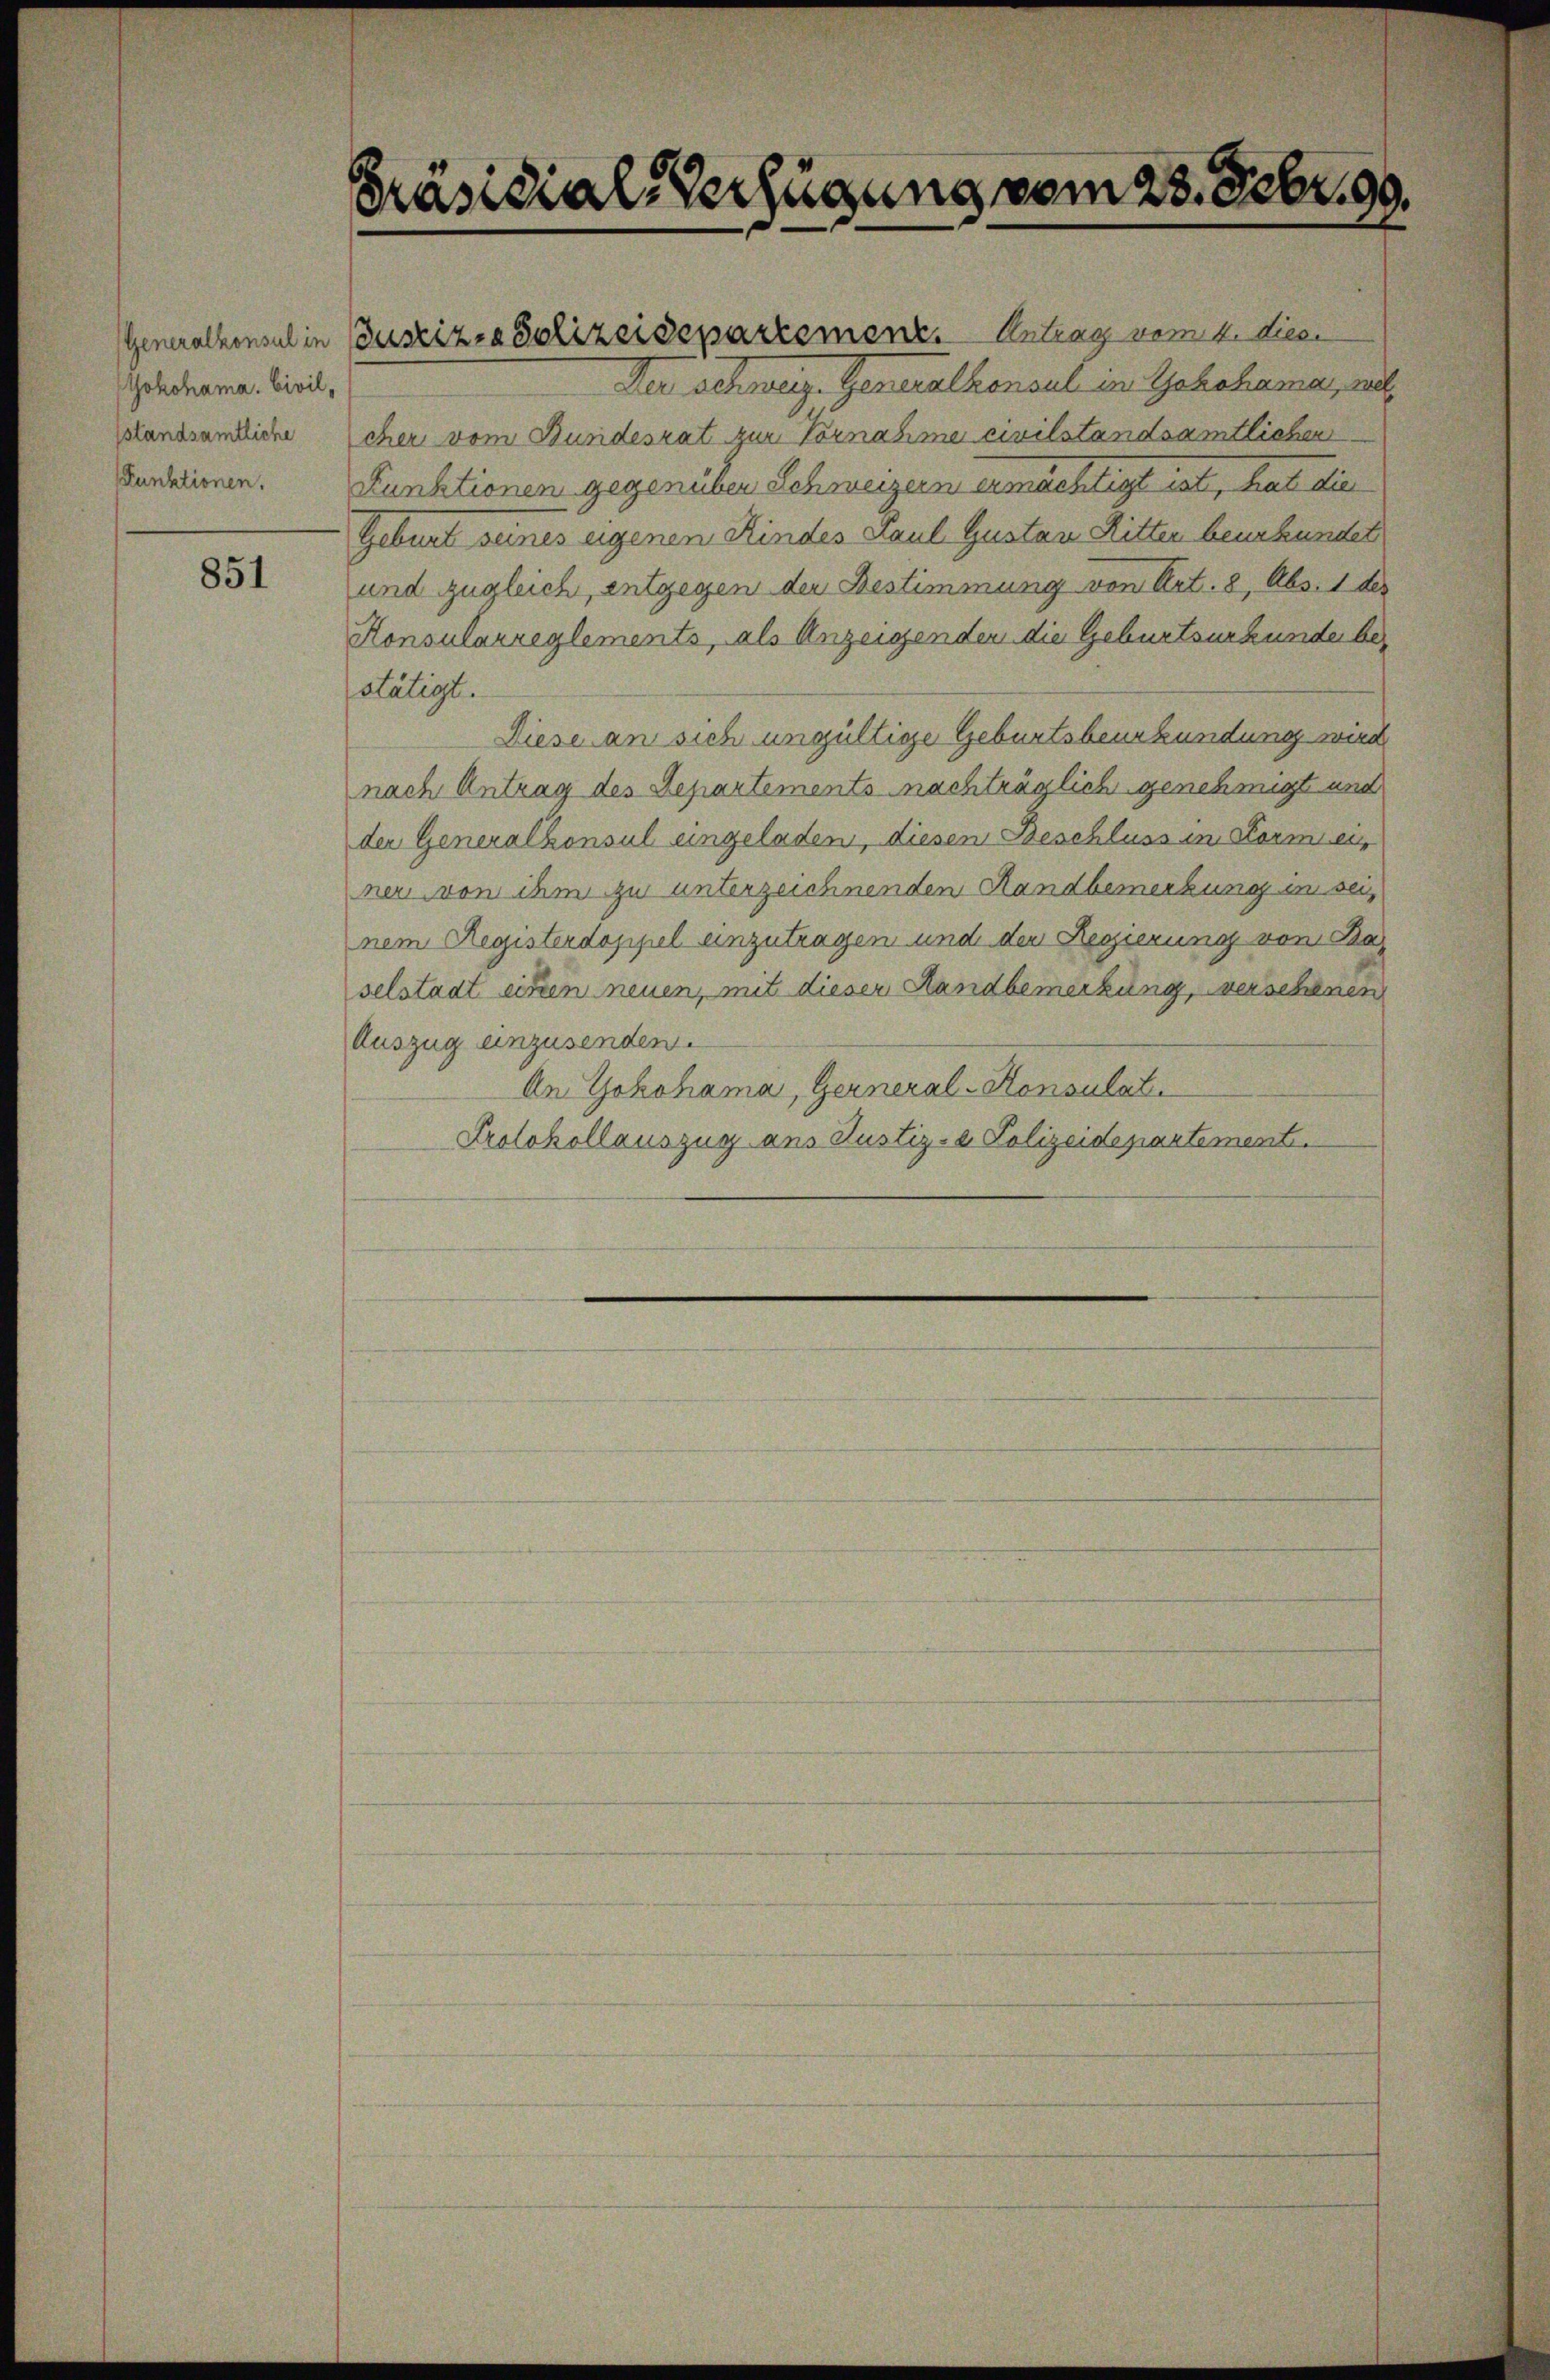
Yokohama. Civil,
sstandsamtliche

851

Präsidial-Verfügung vom 28. Febr. 99.

Der schweiz. Generalkonsul in Yokohama, au
cher vom Bundesrat zur Vornahme civilstandsamtlichen
pendiren. Funktionen gegenüber Schweizern ermächtigt ist, hat die
Geburt seines eigenen Kindes Paul Gustan Ritter beurkundet
und zugleich, entgegen der Bestimmung von Art. 8, Abs. 1 der
Konsularreglements, als Anzeigenden die Geburtsurkunde bestätigt.
Diese an sich ungültige Geburtsbeurkundung wird
nach Antrag des Repartements nachträglich genehmigt und
der Generalkonsul eingeladen, diesen Beschluss in Formeis
ner von ihm zu unterzeichnenden Sandbemerkung in seinem Registerdoppel einzutragen und den Regierung von Bas
selstadt einen neuen, mit dieser Sandbemerkung, verschenen
Auszug einzusenden.
An Yokohama, Gerneral-Konsulat
Protokollauszug aus Justiz- & Polizeidepartemente.

Generalkonsul in Zustiz- & Polizeisepartement. Antrag vermit diese